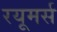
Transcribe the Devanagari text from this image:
रयूमर्स